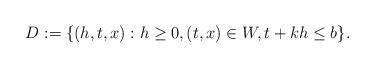
LaTeX: \begin{align*}D := \{ (h,t,x) : h \geq 0, (t,x) \in W, t + kh \leq b \}.\end{align*}